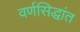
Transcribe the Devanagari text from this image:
वर्णसिद्धांत